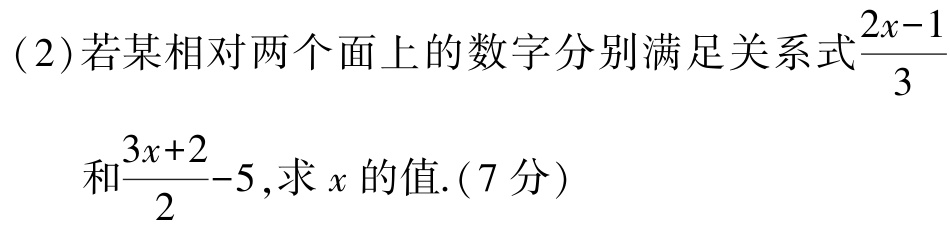
(2)若某相对两个面上的数字分别满足关系式$\frac{2x - 1}{3}$和$\frac{3x + 2}{2}-5$,求$x$的值.(7分)